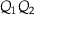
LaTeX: Q _ { 1 } Q _ { 2 }